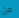
من